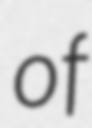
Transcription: of